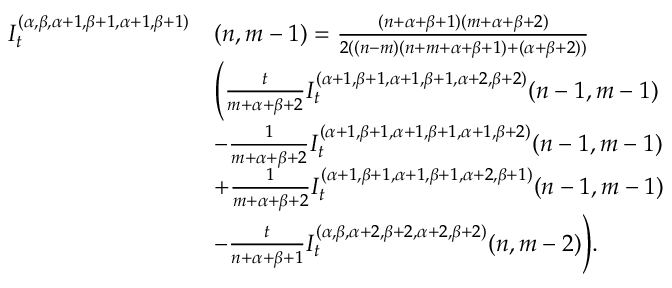
\begin{array} { r l } { I _ { t } ^ { ( \alpha , \beta , \alpha + 1 , \beta + 1 , \alpha + 1 , \beta + 1 ) } } & { ( n , m - 1 ) = \frac { ( n + \alpha + \beta + 1 ) ( m + \alpha + \beta + { 2 } ) } { 2 ( ( n - m ) ( n + m + \alpha + \beta + 1 ) + ( \alpha + \beta + 2 ) ) } } \\ & { \Bigg ( \frac { t } { m + \alpha + \beta + 2 } I _ { t } ^ { ( \alpha + 1 , \beta + 1 , \alpha + 1 , \beta + 1 , \alpha + 2 , \beta + 2 ) } { ( n - 1 , m - 1 ) } } \\ & { - \frac { 1 } { m + \alpha + \beta + 2 } I _ { t } ^ { ( \alpha + 1 , \beta + 1 , \alpha + 1 , \beta + 1 , \alpha + 1 , \beta + 2 ) } { ( n - 1 , m - 1 ) } } \\ & { + \frac { 1 } { { m } + \alpha + \beta + 2 } I _ { t } ^ { ( \alpha + 1 , \beta + 1 , \alpha + 1 , \beta + 1 , \alpha + 2 , \beta + 1 ) } { ( n - 1 , m - 1 ) } } \\ & { - \frac { t } { n + \alpha + \beta + 1 } I _ { t } ^ { ( \alpha , \beta , \alpha + 2 , \beta + 2 , \alpha + 2 , \beta + 2 ) } { ( n , m - 2 ) } \Bigg ) . } \end{array}